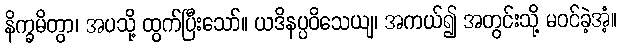
နိက္ခမိတွာ၊ အပသို့ ထွက်ပြီးသော်။ ယဒိနပ္ပဝိသေယျ၊ အကယ်၍ အတွင်းသို့ မဝင်ခဲ့အံ့။